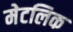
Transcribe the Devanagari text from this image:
मेटलिक